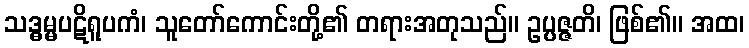
သဒ္ဓမ္မပဋိရူပကံ၊ သူတော်ကောင်းတို့၏ တရားအတုသည်။ ဥပ္ပဇ္ဇတိ၊ ဖြစ်၏။ အထ၊